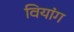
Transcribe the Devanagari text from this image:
वियांग